Annual administration report of the Civil Veterinary Department of India - 1897-1898
Year: 1897
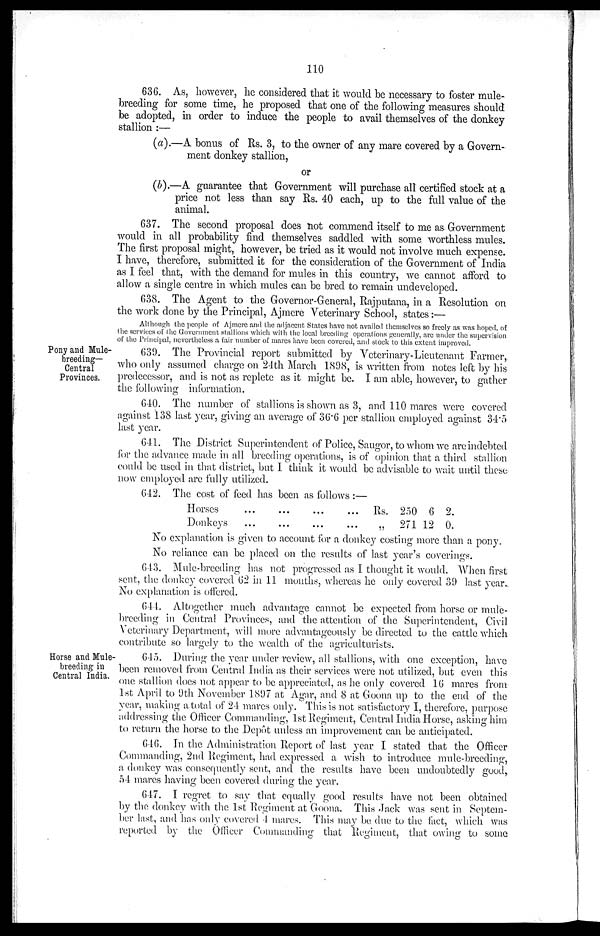
110
636. As, however, he considered that it would be necessary to foster mule-
breeding for some time, he proposed that one of the following measures should
be adopted, in order to induce the people to avail themselves of the donkey
stallion :—
(a).—A bonus of Rs. 3, to the owner of any mare covered by a Govern-
ment donkey stallion,
or
(b).—A guarantee that Government will purchase all certified stock at a
price not less than say Rs. 40 each, up to the full value of the
animal.
637. The second proposal does not commend itself to me as. Government
would in all probability find themselves saddled with some worthless mules.
The first proposal might, however, be tried as it would not involve much expense.
I have, therefore, submitted it for the consideration of the Government of India
as I feel that, with the demand for mules in this country, we cannot afford to
allow a single centre in which mules can be bred to remain undeveloped.
638. The Agent to the Governor-General, Rajputana, in a Resolution on
the work done by the Principal, Ajmere Veterinary School, states:—
Although the people of Ajmere and the adjacent States have not availed themselves so freely as was hoped, of
the services of the Government stallions which with the local breeding operations generally, are under the supervision
of the Principal, nevertheless a fair number of mares have been covered, and stock to this extent improved.
Pony and Mule-
breeding—
Central
Provinces.
639. The Provincial report submitted by Veterinary-Lieutenant Farmer,
who only assumed charge on 24th March 1898, is written from notes left by his
predecessor, and is not as replete as it might be. I am able, however, to gather
the following information.
640. The number of stallions is shown as 3, and 110 mares were covered
against 138 last year, giving an average of 36.6 per stallion employed against 34.5
last year.
641. The District Superintendent of Police, Saugor, to whom we are indebted
for the advance made in all breeding operations, is of opinion that a third stallion
could be used in that district, but I think it would be advisable to wait until these
now employed are fully utilized.
642. The cost of feed has been as follows :—
Horses
Donkeys
...
...
...
...
...
...
...
...
Rs.
„
250 6
271 12
2.
0.
No explanation is given to account for a donkey costing more than a pony.
No reliance can be placed on the results of last year's coverings.
643. Mule-breeding has not progressed as I thought it would. When first
sent, the donkey covered 62 in 11 months, whereas he only covered 39 last year.
No explanation is offered.
644. Altogether much advantage cannot be expected from horse or mule--
breeding in Central Provinces, and the attention of the Superintendent, Civil
Veterinary Department, will more advantageously be directed to the cattle which
contribute so largely to the wealth of the agriculturists.
Horse and Mule-
breeding in
Central India.
645. During the year under review, all stallions, with one exception, have
been removed from Central India as their services were not utilized, but even this
one stallion does not appear to be appreciated, as he only covered 16 mares from
1st April to 9th November 1897 at Agar, and 8 at Goona up to the end of the
year, making a total of 24 mares only. This is not satisfactory I, therefore, purpose
addressing the Officer Commanding, 1st Regiment, Central India Horse, asking him
to return the horse to the Depôt unless an improvement can be anticipated.
646. In the Administration Report of last year I stated that the Officer
Commanding, 2nd Regiment, had expressed a wish to introduce mule-breeding,
a donkey was consequently sent, and the results have been undoubtedly good,
54 mares having been covered during the year.
647. I regret to say that equally good results have not been obtained
by the donkey with the 1st Regiment at Goona. This Jack was sent in Septem-
ber last, and has only covered 4 mares. This may be due to the fact, which was
reported by the Officer Commanding that Regiment, that owing to some.